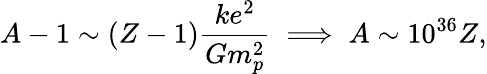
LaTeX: A-1\sim(Z-1)\frac{ke^{2}}{Gm_{p}^{2}}\implies A\sim 10^{36}Z,